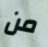
من